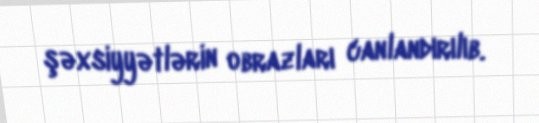
şəxsiyyətlərin obrazları canlandırılıb.